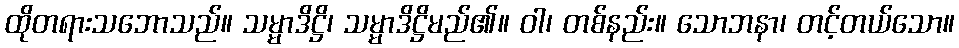
ထိုတရားသဘောသည်။ သမ္မာဒိဋ္ဌိ၊ သမ္မာဒိဋ္ဌိမည်၏။ ဝါ၊ တစ်နည်း။ သောဘနာ၊ တင့်တယ်သော။